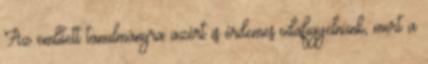
Az említett tanulmányra azért is érdemes odafigyelnünk, mert a